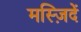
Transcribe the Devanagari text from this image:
मस्ज़िदें